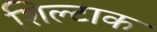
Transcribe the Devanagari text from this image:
शिल्टाक